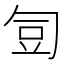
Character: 𭅋